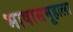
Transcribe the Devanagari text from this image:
भाषासमूहाला